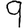
Digit: 9